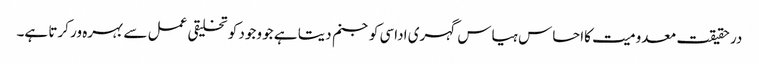
در حقیقت معدومیت کااحساس ہیاس گہری اداسی کو جنم دیتا ہے جو وجود کو تخلیقی عمل سے بہرہ ور کرتا ہے۔